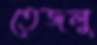
তেজলু